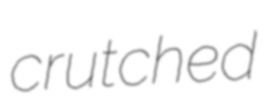
crutched